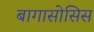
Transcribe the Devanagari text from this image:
बागासोसिस